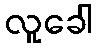
လူခေါ